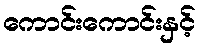
ကောင်းကောင်းနှင့်